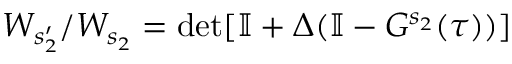
W _ { s _ { 2 } ^ { \prime } } / W _ { s _ { 2 } } = \operatorname* { d e t } [ \mathbb { I } + { \Delta } ( \mathbb { I } - { G } ^ { s _ { 2 } } ( \tau ) ) ]